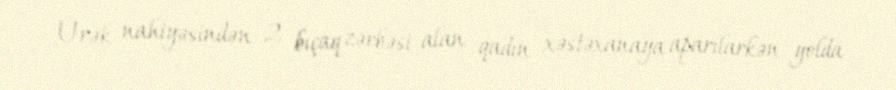
Ürək nahiyəsindən 2 bıçaq zərbəsi alan qadın xəstəxanaya aparılarkən yolda